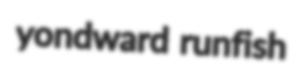
yondward runfish